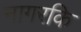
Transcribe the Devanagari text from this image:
नागरकि